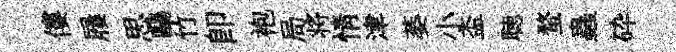
僂屨思鷗竹卽袍局将情津萎小盃聴蝥蟲砕